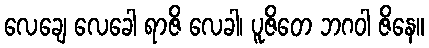
လေချေ လေခေါ ရာဇိ လေခါ၊ ပူဇိတေ ဘဂဝါ ဇိနေ။